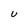
Character: U